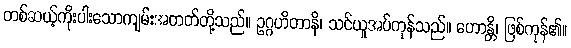
တစ်ဆယ့်ကိုးပါးသောကျမ်းအတတ်တို့သည်။ ဥဂ္ဂဟိတာနိ၊ သင်ယူအပ်ကုန်သည်။ ဟောန္တိ၊ ဖြစ်ကုန်၏။